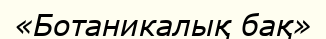
«Ботаникалық бақ»